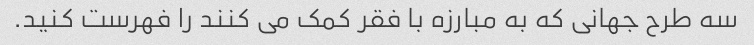
سه طرح جهانی که به مبارزه با فقر کمک می کنند را فهرست کنید.